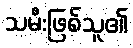
သမီးဖြစ်သူ၏